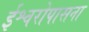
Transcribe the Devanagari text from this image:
ईश्वरोपासना